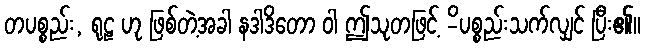
တပစ္စည်း, ရုဠ ဟု ဖြစ်တဲ့အခါ နဒါဒိတော ဝါ ဤသုတဖြင့် -ိပစ္စည်းသက်လျှင် ပြီး၏။